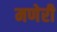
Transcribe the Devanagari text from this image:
मणेरी